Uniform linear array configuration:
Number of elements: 48
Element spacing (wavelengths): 0.5
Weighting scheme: uniform
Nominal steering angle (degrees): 60
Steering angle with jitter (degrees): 59.453
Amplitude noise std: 0.05
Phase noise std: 0.05

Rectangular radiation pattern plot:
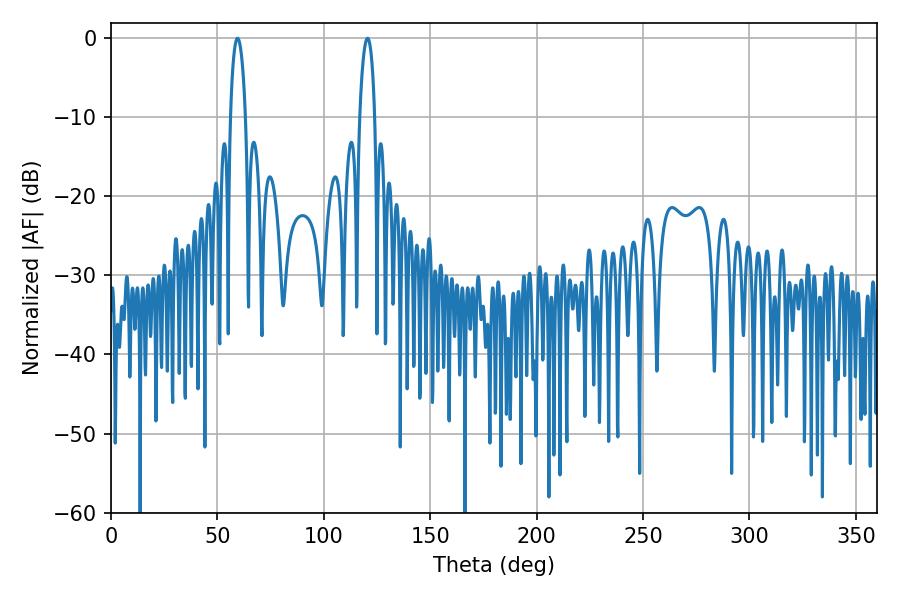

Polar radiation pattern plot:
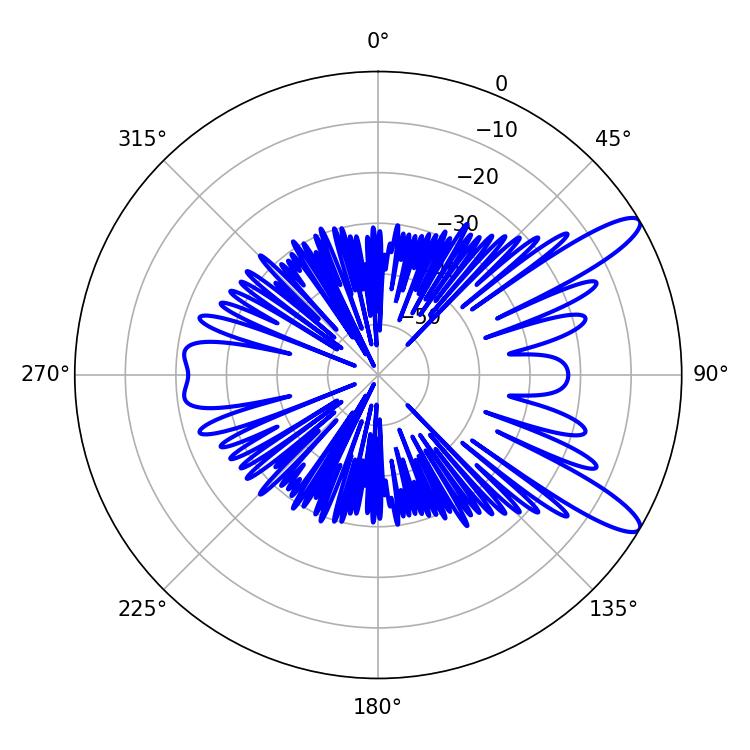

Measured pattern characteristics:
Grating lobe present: FALSE
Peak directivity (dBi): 11.631
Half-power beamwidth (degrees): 3.96
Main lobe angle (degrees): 59.4